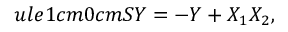
ule { 1 cm } { 0 cm } S Y = - Y + X _ { 1 } X _ { 2 } ,